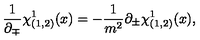
\frac { 1 } { \partial _ { \mp } } \chi _ { ( 1 , 2 ) } ^ { 1 } ( x ) = - \frac { 1 } { m ^ { 2 } } \partial _ { \pm } \chi _ { ( 1 , 2 ) } ^ { 1 } ( x ) ,